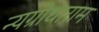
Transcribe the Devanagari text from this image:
न्यग्रोधाराम